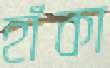
হাঁকা